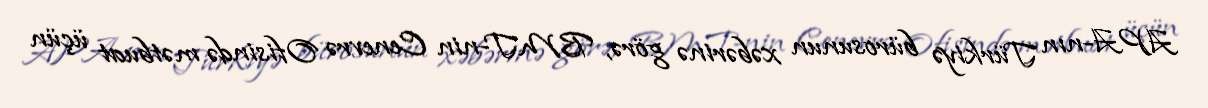
APA-nın Türkiyə bürosunun xəbərinə görə, BMT-nin Cenevrə Ofisində mətbuat üçün